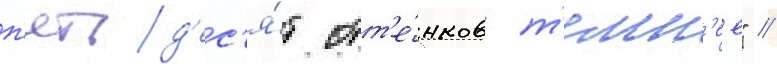
п'ятьд'ес'я́т отт'е́нков т'емн'ее" //